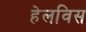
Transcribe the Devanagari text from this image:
हेलविस